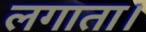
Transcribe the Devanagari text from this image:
लगाता।